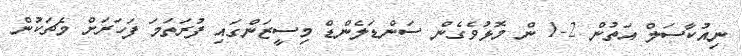
ނިއުކާސަލް އަތުން 2-1 ން މޮޅުވެގެން ސަންޑަލެންޑް މިސީޒަންގައި ފުރަތަމަ ފަހަރަށް މެޗަކުން